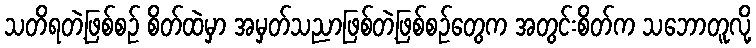
သတိရတဲ့ဖြစ်စဉ် စိတ်ထဲမှာ အမှတ်သညာဖြစ်တဲ့ဖြစ်စဉ်တွေက အတွင်းစိတ်က သဘောတူလို့